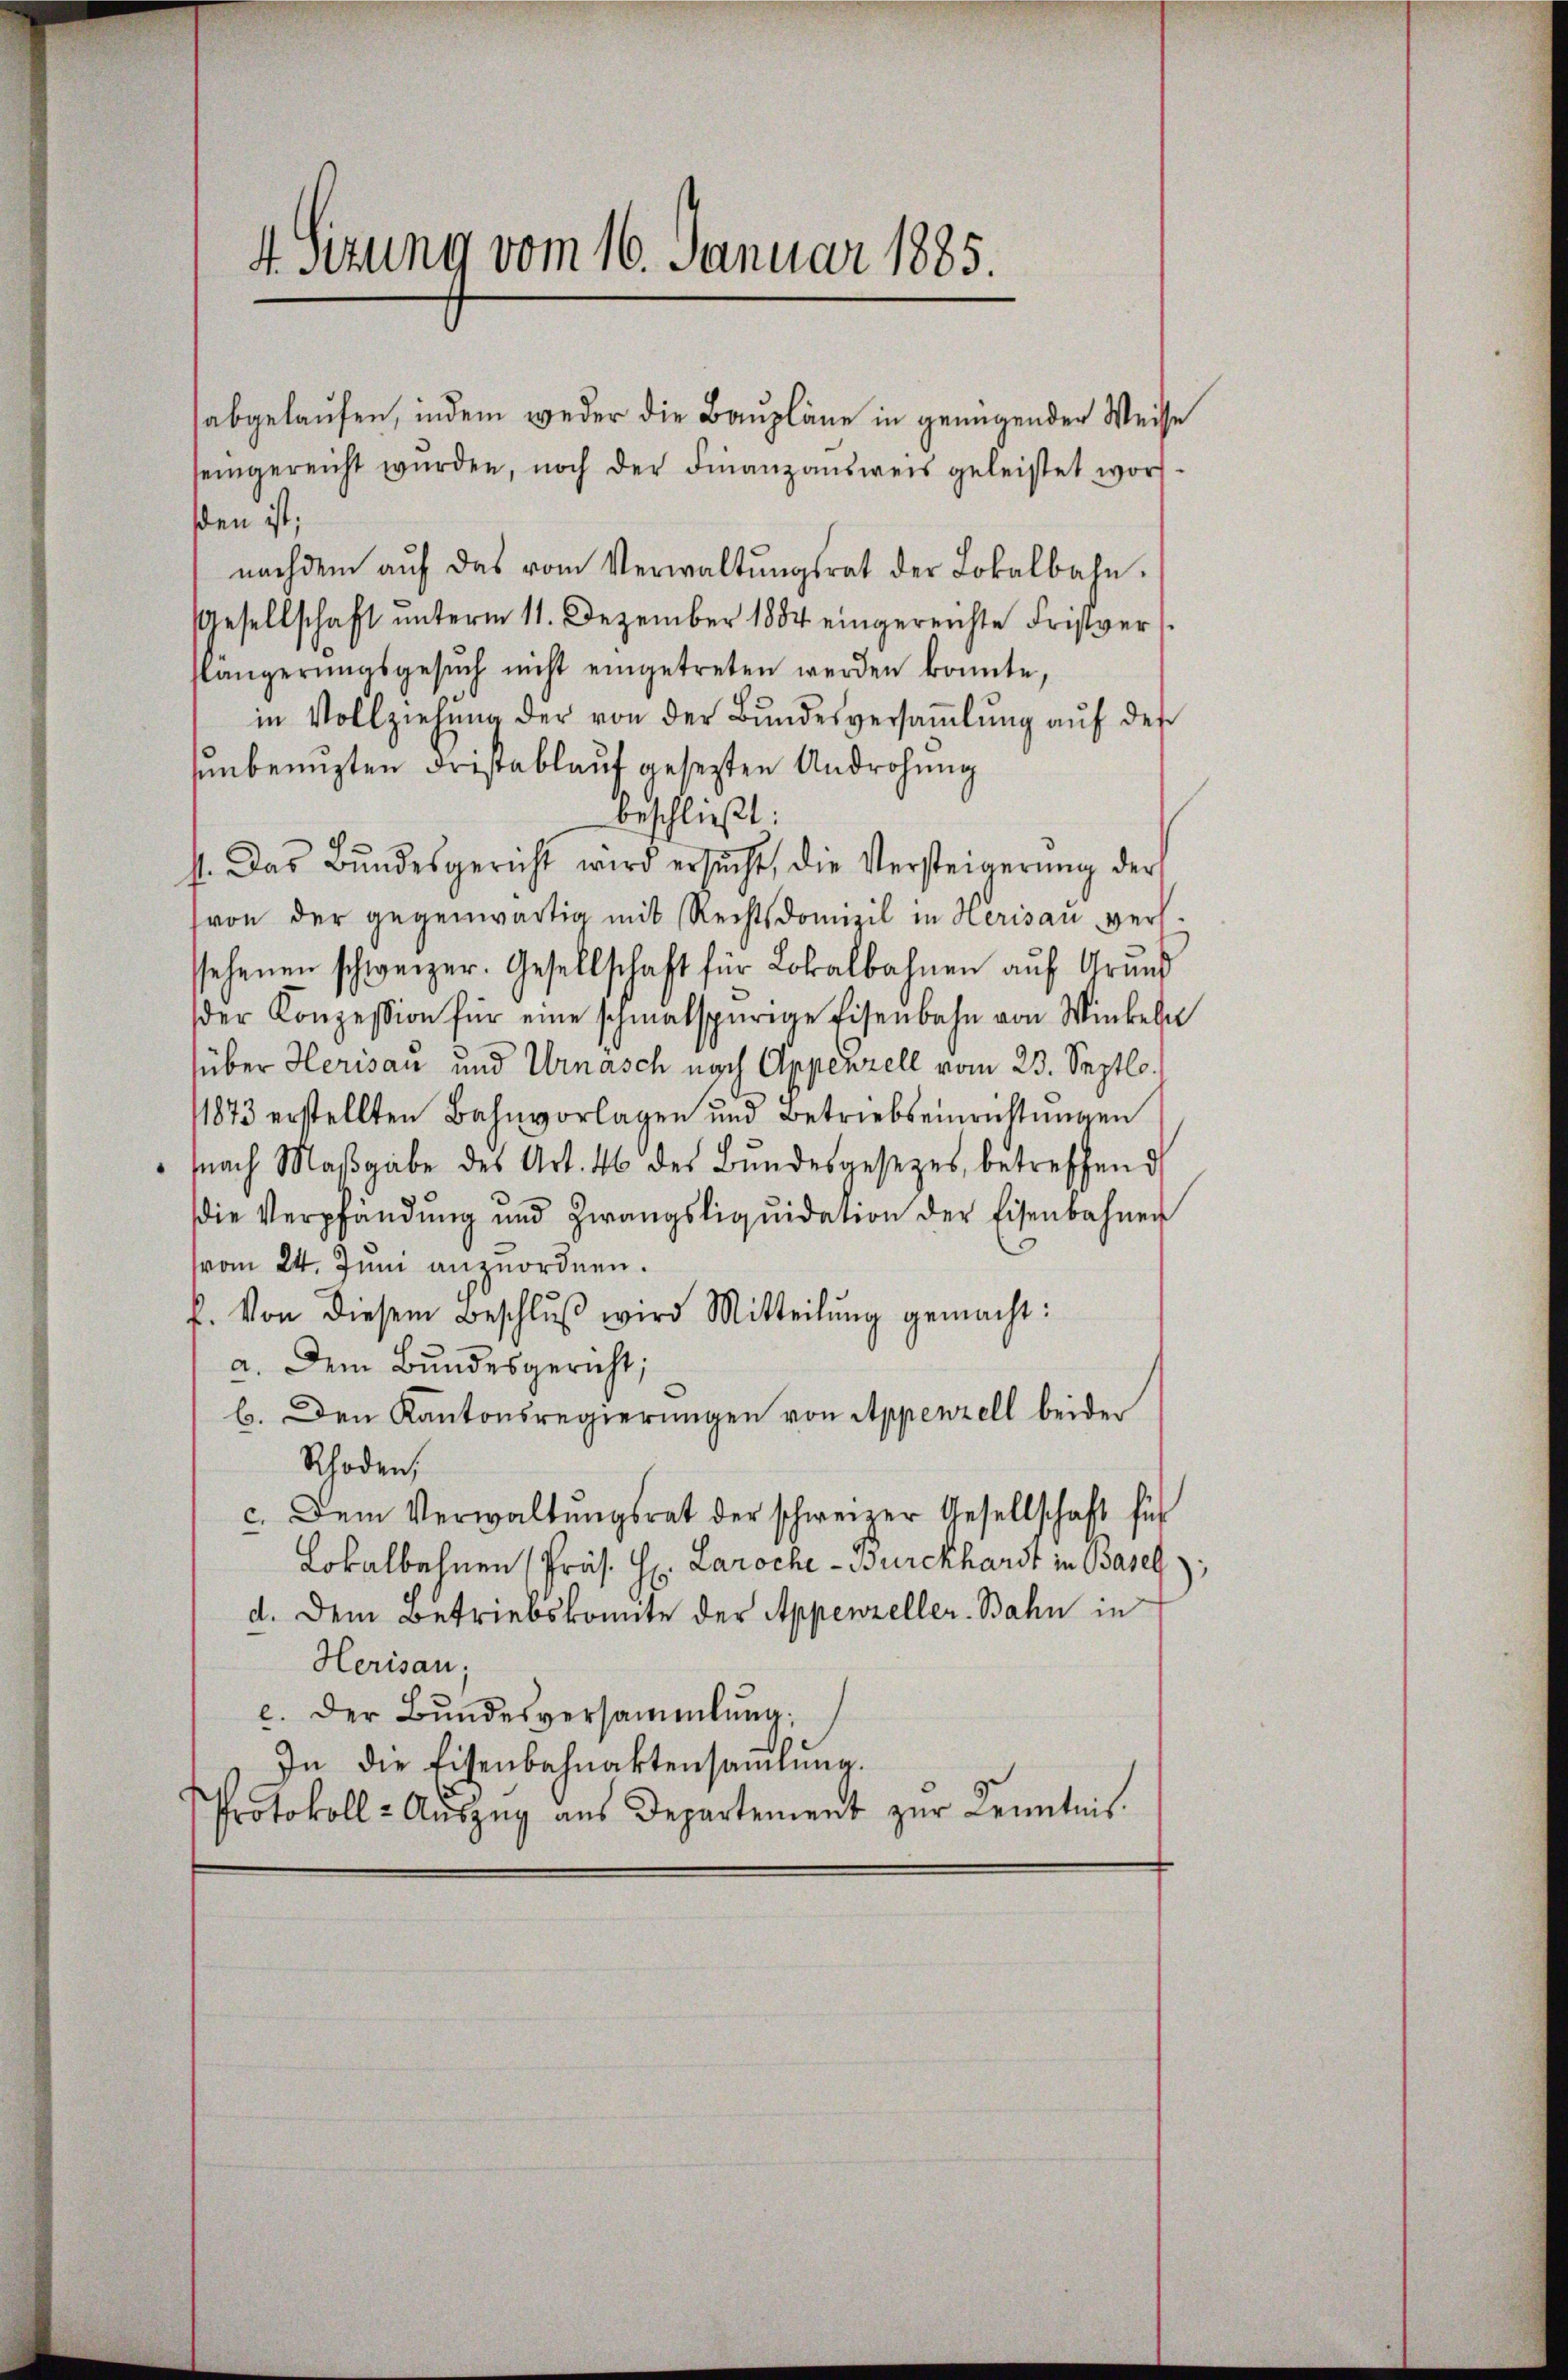
4 Sitzung vom 16. Januar 1885.

abgelaufen, indem weder die Baupläne in genügender Weise

seingereicht wŭrden, noch der Finanzausweis geleistet word.
sden ist;
nachdem aŭf das vom Verwaltŭngsrat der Lokalbahn.
Gesellschaft unterm 11. Dezember 1884 eingereichte Fristverlängerŭngsgesŭch nicht eingetreten werden konnte,
in Vollziehŭng der von der Bŭndesversaṁlŭng aŭf des
unbenuzten Fristablauf gesezten Androhung
beschließt:
4. Das Bŭndesgericht wird ersŭcht, die Versteigerŭng der
(von der gegenwärtig mit Rechtsdomizil in Herisau vers.
stehenen schweizer. Gesellschaft für Lokalbahnen aŭf Grŭnd
der Konzession für eine schmalspurige Eisenbahn von Winkeln
über Herisau und Urnasch nach Appenzell vom 23. Septlo¬
11873 erstellten Bahnvorlagen und Betriebseinrichtungen
snach Maβgabe des Art. 46 des Bŭndesgesezes betreffend
die Verpfändung und Zwangsliquidation der Eisenbahner
vom 24. Juni anzuordnen.
f. Von diesem Beschlŭβ wird Mitteilŭng gemacht:
a. Dem Bundesgericht;
b. Den Kantonsregierungen von Appenzell beider
Rhoden,
c. Dem Verwaltŭngsrat der schweizer Gesellschaft füh
Lokalbahnen (Präs. H. Laroche Burckhardt in Basel
d. Dem Betriebskomite der Appenzeller-Bahn in
Herisau;
e. Der Bundesversammlung:
In die Eisenbahnaktensaṁlŭng.
Protokoll- Aŭszŭg aŭs Departement zŭr Kenntnis.